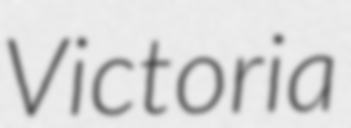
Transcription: Victoria